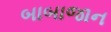
બાબાજાન